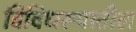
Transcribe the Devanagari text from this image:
विविधरूपातील